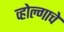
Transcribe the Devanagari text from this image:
व्होल्गाचे